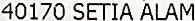
40170 SETIA ALAM